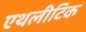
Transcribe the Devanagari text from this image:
एथलीटिक